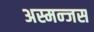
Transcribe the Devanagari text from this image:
अस्मन्जस